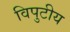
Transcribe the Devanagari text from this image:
विपुटीय